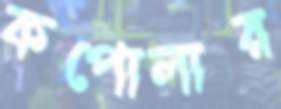
কপোলার